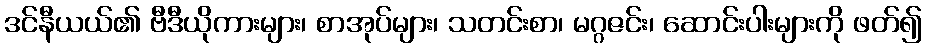
ဒင်နီယယ်၏ ဗီဒီယိုကားများ၊ စာအုပ်များ၊ သတင်းစာ၊ မဂ္ဂဇင်း၊ ဆောင်းပါးများကို ဖတ်၍